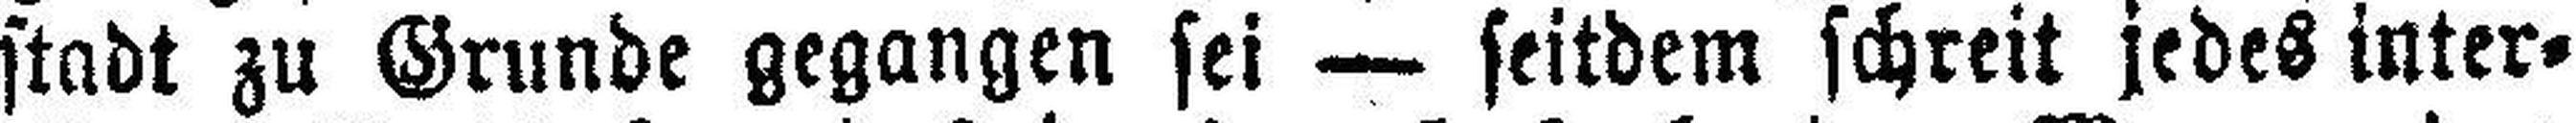
stadt zu Grunde gegangen sei — seitdem schreit jedes inter¬